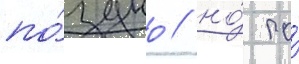
по́здно / но́ по́